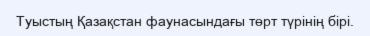
Туыстың Қазақстан фаунасындағы төрт түрінің бірі.